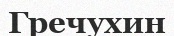
Гречухин